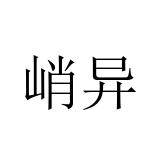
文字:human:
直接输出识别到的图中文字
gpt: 峭异